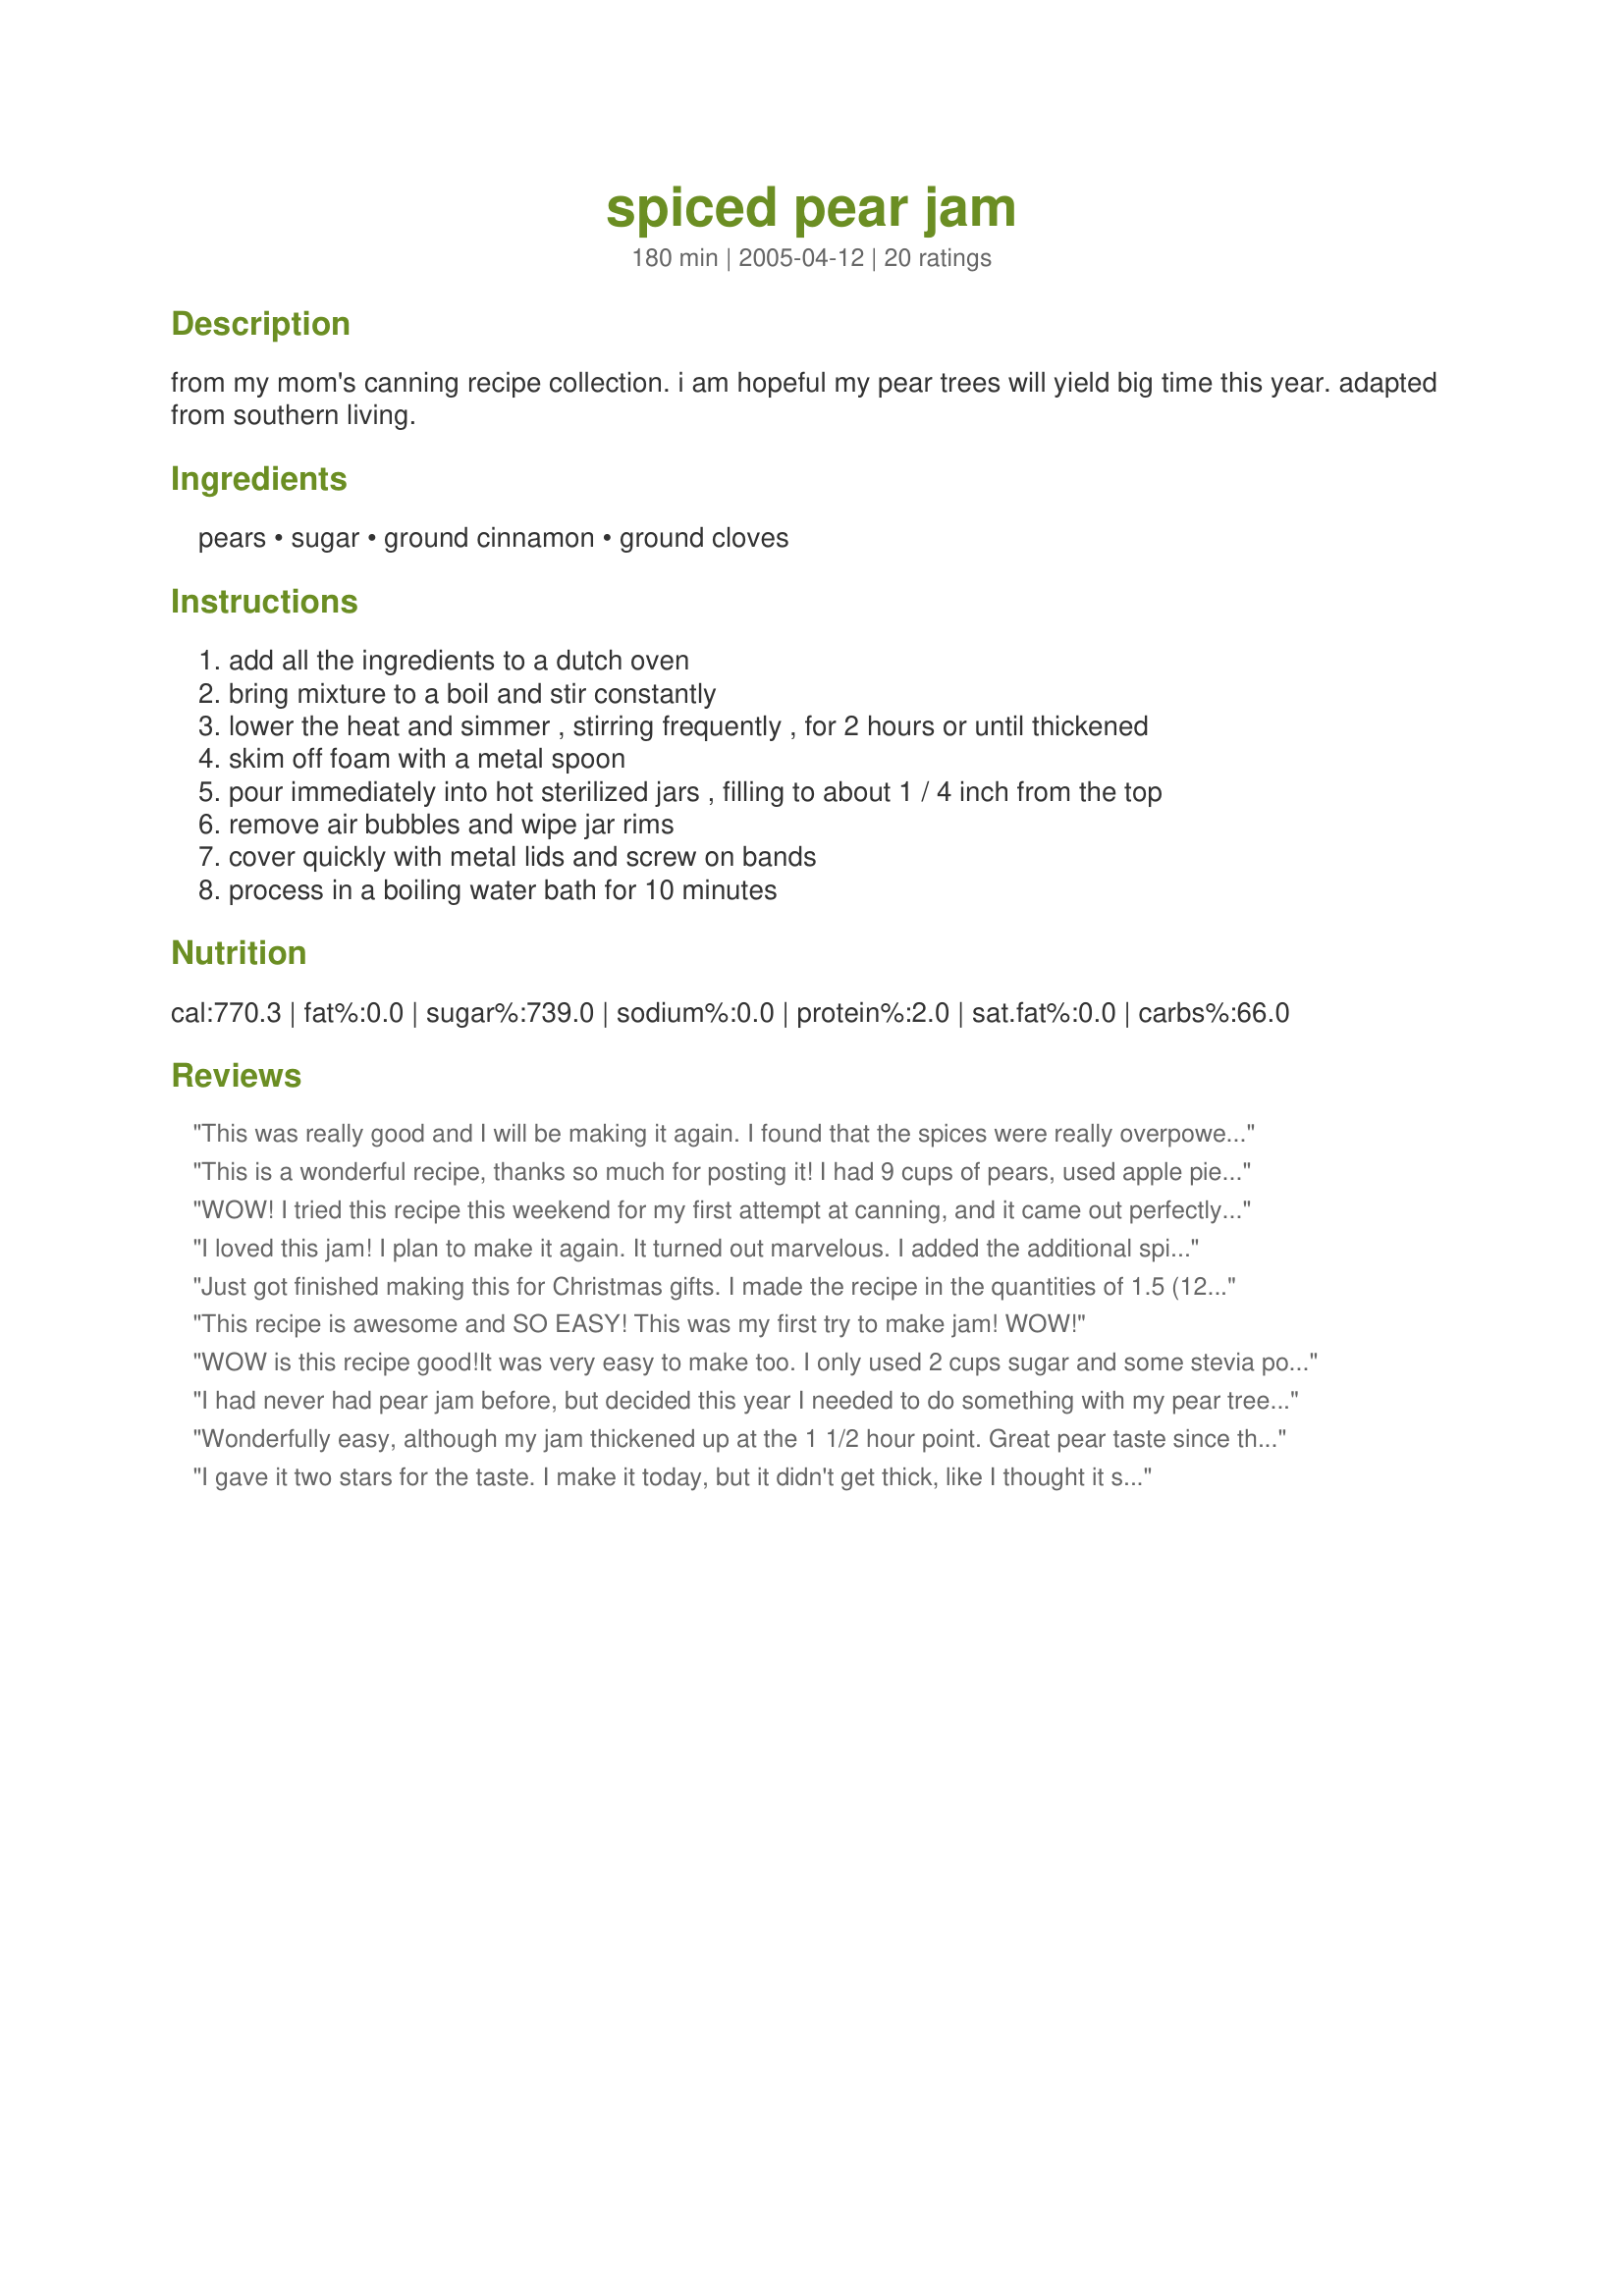
spiced pear jam
Preparation time: 180 minutes

from my mom's canning recipe collection. i am hopeful my pear trees will yield big time this year. adapted from southern living.

Ingredients:
pears, sugar, ground cinnamon, ground cloves

Steps:
add all the ingredients to a dutch oven
bring mixture to a boil and stir constantly
lower the heat and simmer , stirring frequently , for 2 hours or until thickened
skim off foam with a metal spoon
pour immediately into hot sterilized jars , filling to about 1 / 4 inch from the top
remove air bubbles and wipe jar rims
cover quickly with metal lids and screw on bands
process in a boiling water bath for 10 minutes

Reviews:
This was really good and I will be making it again. I found that the spices were really overpowering though and much too sweet for our tastes. We really can't even taste the pears. Next time, I will cut the spices in half and use 3 3/4 cups sugar instead of 4. Please see my rating system. Thanks for posting!
This is a wonderful recipe, thanks so much for posting it! I had 9 cups of pears, used apple pie spice for seasoning, and because I was worried it wouldn't thicken, threw in an apple for good measure. I used 2 cups sugar and 2 cups whey low. It thickened beautifully after a couple of hours. I did give it a whiz with my emersion blender to smooth it out a bit, but not too much. I was so happy to find a recipe that didn't require pectin so I could cut back on the sugar. Thanks so much! I'm going to try it with peaches next!
WOW! I tried this recipe this weekend for my first attempt at canning, and it came out perfectly. I used a mixture of pears for taste & texture - bartlett, bosc & red. The recipe made exactly five half-pint jars (with just a little extra for the cook!) I can't even begin to describe how wonderful the house smelled as this was cooking down, and the taste of the jam when it was finished was just fantastic. Thank you for a very simple & delicious jam recipe for a beginner - I'm sure I will make this again & again! -M =)
I loved this jam! I plan to make it again. It turned out marvelous. I added the additional spices that JanetC-KY suggested (and a little bit more vanilla) and it turned out great. Very "spicy", but that's how I wanted it. I used about 9 cups pears and chopped them in my food processor - it was easier and faster than by hand. It yeilded 8 half pint jars. YUM!
Just got finished making this for Christmas gifts. I made the recipe in the quantities of 1.5 (12 cups fruit etc). I also added a teaspoon of Ginger and about a half teaspoon of Nutmeg with the other spices as well as a Teaspoon of Vanilla Extract and a 1/2 teaspoon of Almond Extract. This Jam is awesome. Sweet but not cloyingly so with a very rich taste that smacks of Pears first, spice second. Making the recipe as I did, I got 6 half pints with about an extra 1/2 cup.
This recipe is awesome and SO EASY! This was my first try to make jam! WOW!
WOW is this recipe good!It was very easy to make too. I only used 2 cups sugar and some stevia powder.It was perfect.I will be making this again as soon as the jars are empty. Cloves really taste great with the pears.Thanks for the recipe,its a keeper.
I had never had pear jam before, but decided this year I needed to do something with my pear tree. This recipe was so easy to make and is absolutely delicious. Thanks for the recipe.
Wonderfully easy, although my jam thickened up at the 1 1/2 hour point. Great pear taste since there is not too much sugar and no pectin. My hubby adores it!
I gave it two stars for the taste. I make it today, but it didn't get thick, like I thought it should. I also added a little ginger. It did taste good, but just didn't get thick, or syrupy.
First of all let me say I LOVE THIS RECIPE!! I had a few pears that were getting overripe and didnt want to waste them so I halfed this recipe (the first time). I didnt cook this as long as it says to cook it (I didnt want my chunks to cook to mush) it did not set up like it was suppose to. What I ended up with was this wonderful "syrupy" concoction that taste soooooo amazing on top of vanilla ice cream! We liked it so much I have made it twice more and labled it Ice cream topping! Thank you for posting. Maybe one day I will cook it the full time and try it that way too. :)
I added extra spice... and loved it. The husband to. We think the clove and pear combo is genious
This was great, I change it some up some. But this is something you really need to try.
Fantastic! I have been asked for this recipe many times! Everyone loves the jam!
What a wonderful recipe! It has a similar flavor to apple butter, and a fantastic way to use up over-ripe pears. This one has made its way into my TNT canning recipe collection and will definitely be a staple on my shelves.
This is the best spiced pear jam that I have tasted.
Wonderful! The whole family loves it. I boiled my pears and ran them through the food processor instead of chopping them. Great recipe!
Declicious and simple. Loved not using the pectin. Simmered for not quite two hours and it was perfect. It actually rendered eight pints for me....not sure why unless it had something to do with the type of pears so you have to judge for yourself how long to cook. A thermometer reading of 200 usually works too. But the little pops are music to my ears. This is my third batch so needless to say, this is a real winner.
What a wonderful recipe! So easy, and tastes so good! Of all the jams I've made this year, this is my husband's favorite - he says it reminds him of pumpkin pie (I was out of ground cloves, so I used allspice instead). It does make the house smell wonderful as it cooks down!
This recipe was EXACTLY what I was looking for. The jam was scrumptious. The only changes I made were to reduce the sugar to 2 cups, because my pears were very overripe and sweet, and I left out the ground cloves simply because I forgot I was out and it was too late to go to the store. Still tasted great. I can't wait to make it again.
